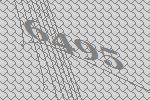
6495